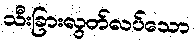
သီးခြားလွတ်လပ်သော